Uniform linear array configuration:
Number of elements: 16
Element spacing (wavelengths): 0.25
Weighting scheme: hamming
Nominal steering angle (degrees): -60
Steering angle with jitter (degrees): -58.787
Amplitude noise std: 0.05
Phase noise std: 0.05

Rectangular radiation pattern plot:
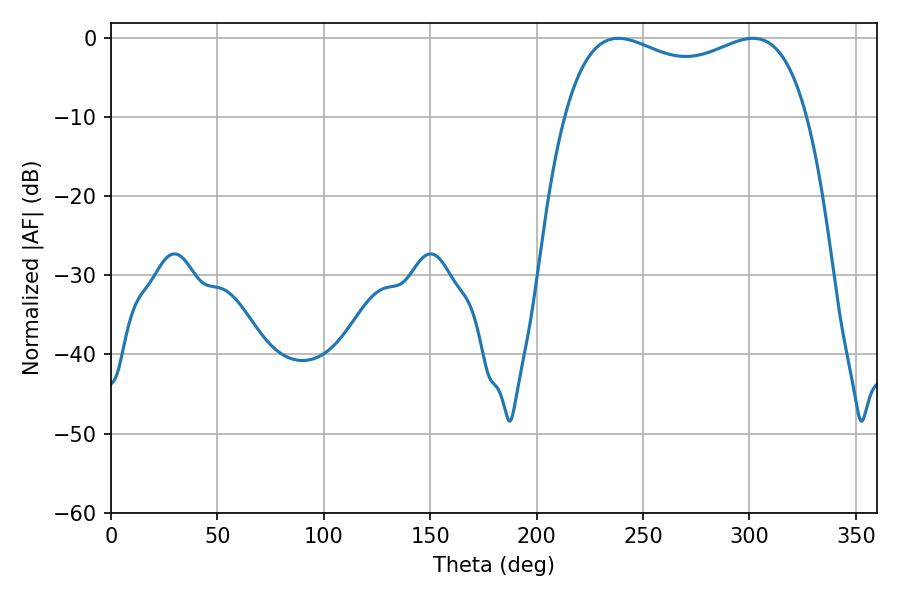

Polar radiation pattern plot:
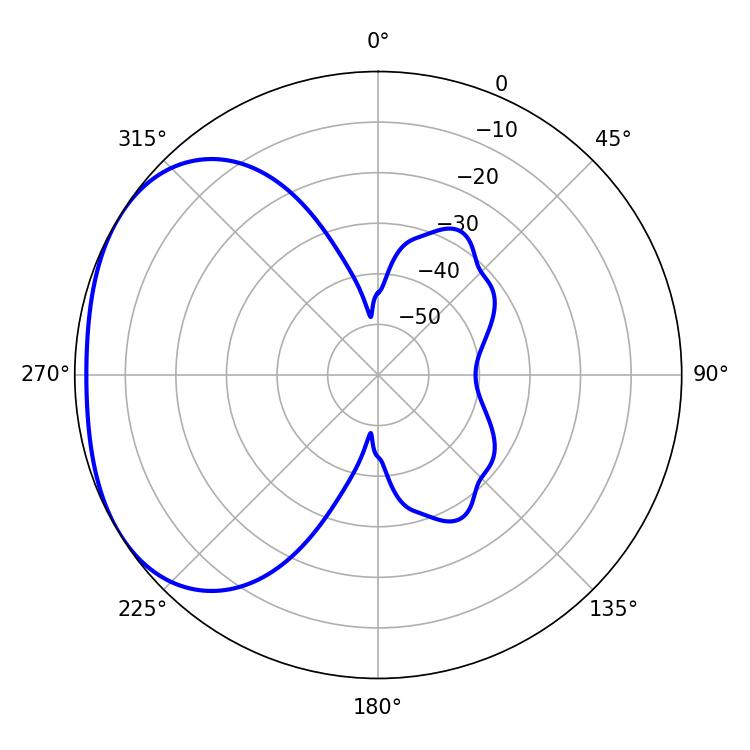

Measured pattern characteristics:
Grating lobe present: FALSE
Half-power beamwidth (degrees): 93.96
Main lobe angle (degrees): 238.32